Causation and prevention of malarial fevers: a statement of the results of researches drawn up for the use of assistant surgeons, hospital assistants and students
Disease focus: Malaria
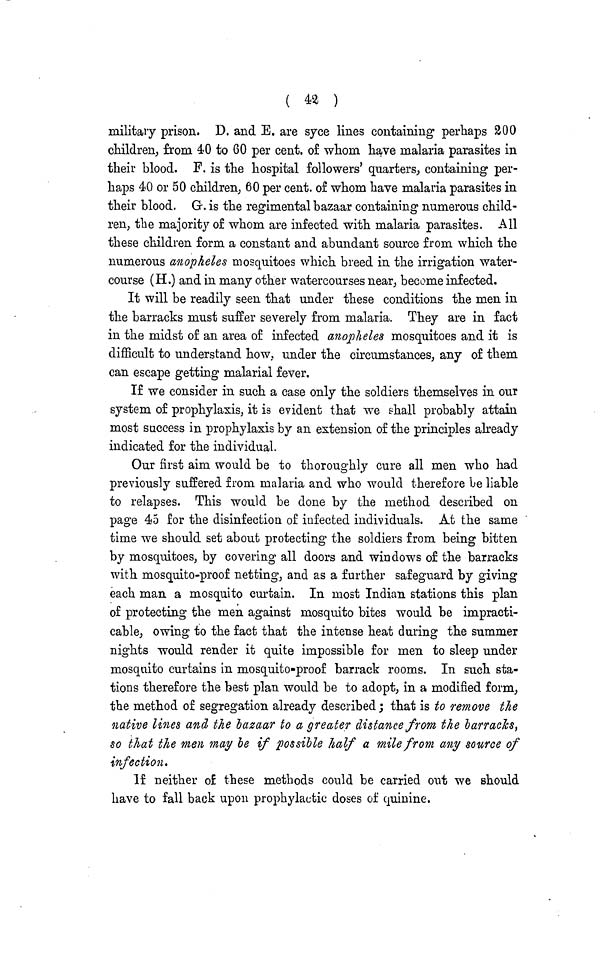
( 42 )
military prison. D. and E. are syce lines containing perhaps 200
children, from 40 to 60 per cent. of whom have malaria parasites in
their blood. P. is the hospital followers' quarters, containing per-
haps 40 or 50 children, 60 per cent. of whom have malaria parasites in
their blood. G. is the regimental bazaar containing numerous child-
ren, the majority of whom are infected with malaria parasites. All
these children form a constant and abundant source from which the
numerous anopheles mosquitoes which breed in the irrigation water-
course (H.) and in many other watercourses near, become infected.
It will be readily seen that under these conditions the men in
the barracks must suffer severely from malaria. They are in fact
in the midst of an area of infected anopheles mosquitoes and it is
difficult to understand how, under the circumstances, any of them
can escape getting malarial fever.
If we consider in such a case only the soldiers themselves in our
system of prophylaxis, it is evident that we shall probably attain
most success in prophylaxis by an extension of the principles already
indicated for the individual.
Our first aim would be to thoroughly cure all men who had
previously suffered from malaria and who would therefore be liable
to relapses. This would be done by the method described on
page 45 for the disinfection of infected individuals. At the same
time we should set about protecting the soldiers from being bitten
by mosquitoes, by covering all doors and windows of the barracks
with mosquito-proof netting, and as a further safeguard by giving
each man a mosquito curtain. In most Indian stations this plan
of protecting the men against mosquito bites would be impracti-
cable; owing to the fact that the intense heat during the summer
nights would render it quite impossible for men to sleep under
mosquito curtains in mosquito-proof barrack rooms. In such sta-
tions therefore the best plan would be to adopt; in a modified form;
the method of segregation already described; that is to remove the
native lines and the bazaar to a greater distance from the barracks,
so that the men may be if possible half a mile from any source of
infection.
If neither of these methods could be carried out we should
have to fall back upon prophylactic doses of quinine.